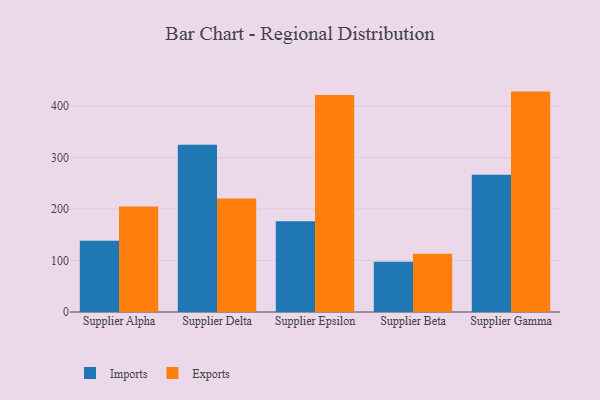
{"axis": {"x": "Supplier", "y": "Humidity (%)"}, "legend": ["Exports", "Imports"], "data": [{"x": "Supplier Alpha", "y": 138.2, "type": "Imports"}, {"x": "Supplier Alpha", "y": 204.6, "type": "Exports"}, {"x": "Supplier Delta", "y": 324.8, "type": "Imports"}, {"x": "Supplier Delta", "y": 220.4, "type": "Exports"}, {"x": "Supplier Epsilon", "y": 176.1, "type": "Imports"}, {"x": "Supplier Epsilon", "y": 421.0, "type": "Exports"}, {"x": "Supplier Beta", "y": 97.3, "type": "Imports"}, {"x": "Supplier Beta", "y": 113.1, "type": "Exports"}, {"x": "Supplier Gamma", "y": 266.5, "type": "Imports"}, {"x": "Supplier Gamma", "y": 427.8, "type": "Exports"}]}